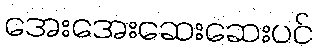
အေးအေးဆေးဆေးပင်